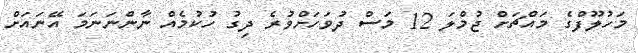
މަހުލޫފްގެ މައްޗަށް ޖުމްލަ 12 މަސް ދުވަހަށްވުރެ ދިގު ހުކުމެއް ނާންނަނަމަ އޭނައަށް